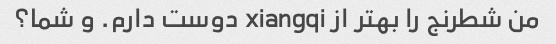
من شطرنج را بهتر از xiangqi دوست دارم. و شما؟